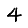
Digit: 4